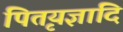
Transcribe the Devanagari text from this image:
पितृयज्ञादि